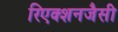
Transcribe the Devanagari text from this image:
रिएक्शनजैसी